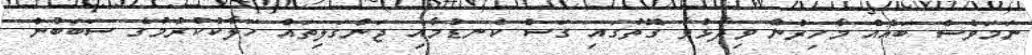
ނަމަވެސް ބައެއް މާހިރުން ވިދާޅުވާ ގޮތުގައި ގަސް ކެނޑުމާއި ޖަންގަލިތައް ހަލާކުކުރުމުގެ ސަބަބުން